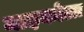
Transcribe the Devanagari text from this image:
माइकोला